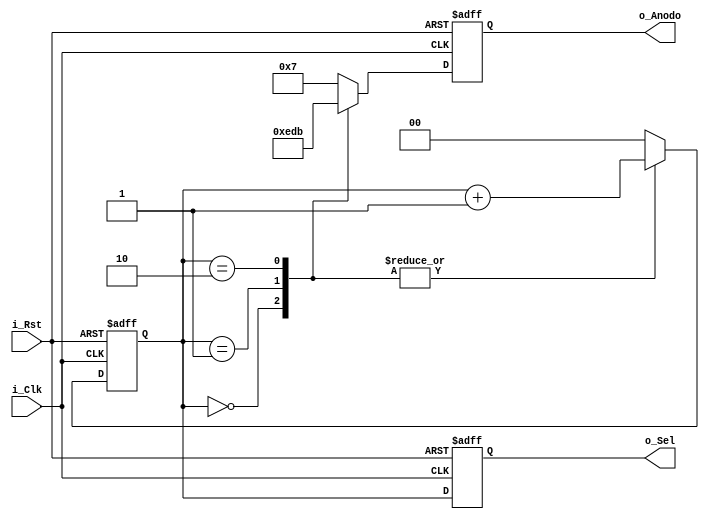
module Contador_de_anillo(
    input i_Clk,
    input i_Rst,
    output reg [3:0] o_Anodo,
    output reg [1:0] o_Sel);

    reg [1:0] cont;

 always @(posedge i_Rst, posedge i_Clk)
    begin
        if(i_Rst) begin
            o_Anodo<= 4'b1110;
            o_Sel<=2'b00;   
            cont<=2'b00;
        end 
        else begin
            case(cont)
                2'b00: begin
                    o_Anodo<= 4'b1110;
                    o_Sel<=cont;  
                    cont<=cont+1;
                end
                2'b01: begin
                    o_Anodo<= 4'b1101;
                    o_Sel<=cont;  
                    cont<=cont+1;
                end  
                2'b10: begin
                    o_Anodo<= 4'b1011;
                    o_Sel<=cont;  
                    cont<=cont+1;
                end
                default: begin 
                    o_Anodo<= 4'b0111;
                    o_Sel<=cont;  
                    cont<=2'b00; 
                end
            endcase    
        end 
    end

endmodule